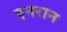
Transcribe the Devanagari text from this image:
एनरान